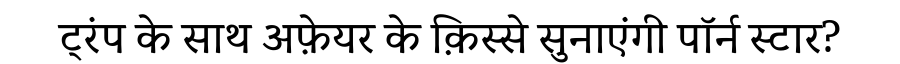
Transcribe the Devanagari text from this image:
ट्रंप के साथ अफ़ेयर के क़िस्से सुनाएंगी पॉर्न स्टार?